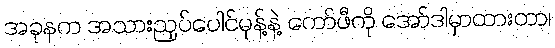
အခုနက အသားညှပ်ပေါင်မုန့်နဲ့ ကော်ဖီကို အော်ဒါမှာထားတာ၊